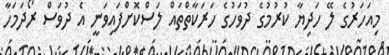
މިއަހަރުގެ ލޭ ހަދިޔާ ކުރުމުގެ ދުވަހުގެ ހަރަކާތްތައް ލަސްކޮށްފައިވަނީ އެ ދުވަސް ރޯދަމަހާ